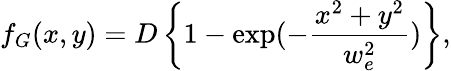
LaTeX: f_{G}(x,y)=D\left\{ 1-\exp(-\frac{x^{2}+y^{2}}{w_{e}^{2}})\right\} ,